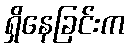
ရှိနေခြင်းက